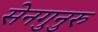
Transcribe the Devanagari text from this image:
सेनगुनुरु